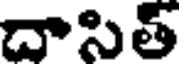
దాసిత్